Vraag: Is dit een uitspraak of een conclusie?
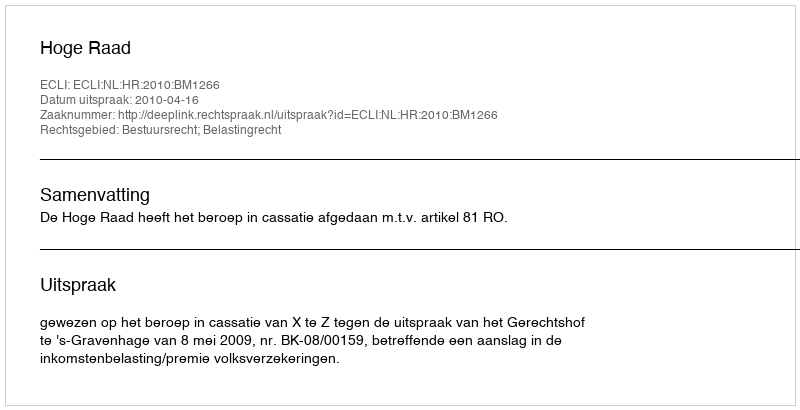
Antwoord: Uitspraak